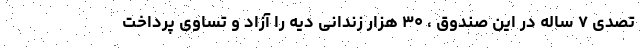
تصدی ۷ ساله در این صندوق ، ۳۰ هزار زندانی دیه را آزاد و تساوی پرداخت